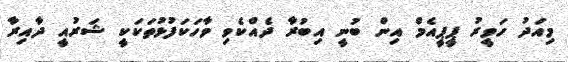
މިއަދު ހަވީރު ޕީޕީއެމް އިން ބުނީ އިބުރާ ދެއްކެވި ވާހަކަފުޅުތަކަކީ ޝަރުއީ ދާއިރާ